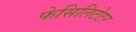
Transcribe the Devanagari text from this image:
फेसिलिटेटर